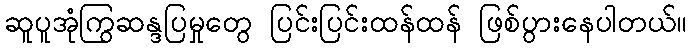
ဆူပူအုံကြွဆန္ဒပြမှုတွေ ပြင်းပြင်းထန်ထန် ဖြစ်ပွားနေပါတယ်။